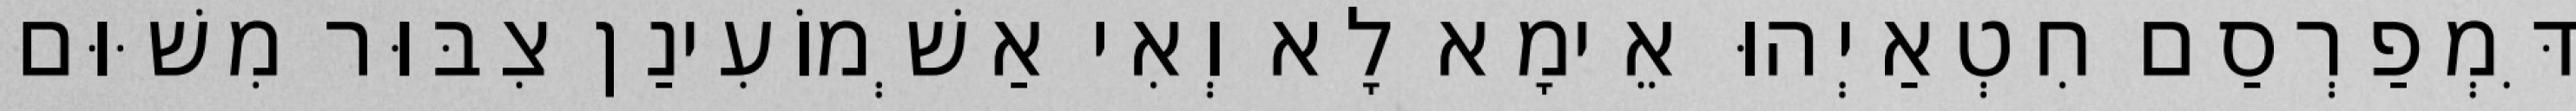
דִּמְפַרְסַם חִטְאַיְהוּ אֵימָא לָא וְאִי אַשְׁמוֹעִינַן צִבּוּר מִשּׁוּם